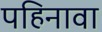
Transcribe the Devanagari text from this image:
पहिनावा